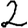
Digit: 2